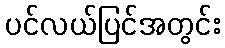
ပင်လယ်ပြင်အတွင်း